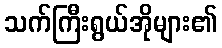
သက်ကြီးရွယ်အိုများ၏